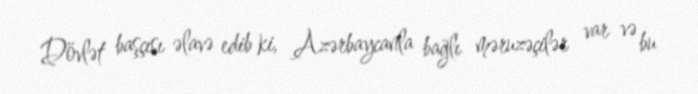
Dövlət başçısı əlavə edib ki, Azərbaycanla bağlı məruzəçilər var və bu